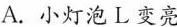
A. 小灯泡 L 变亮